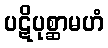
ပဋိပုစ္ဆာမဟံ